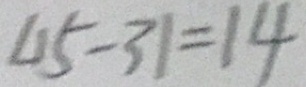
4 5 - 3 1 = 1 4